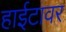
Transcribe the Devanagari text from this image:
हाईटावर